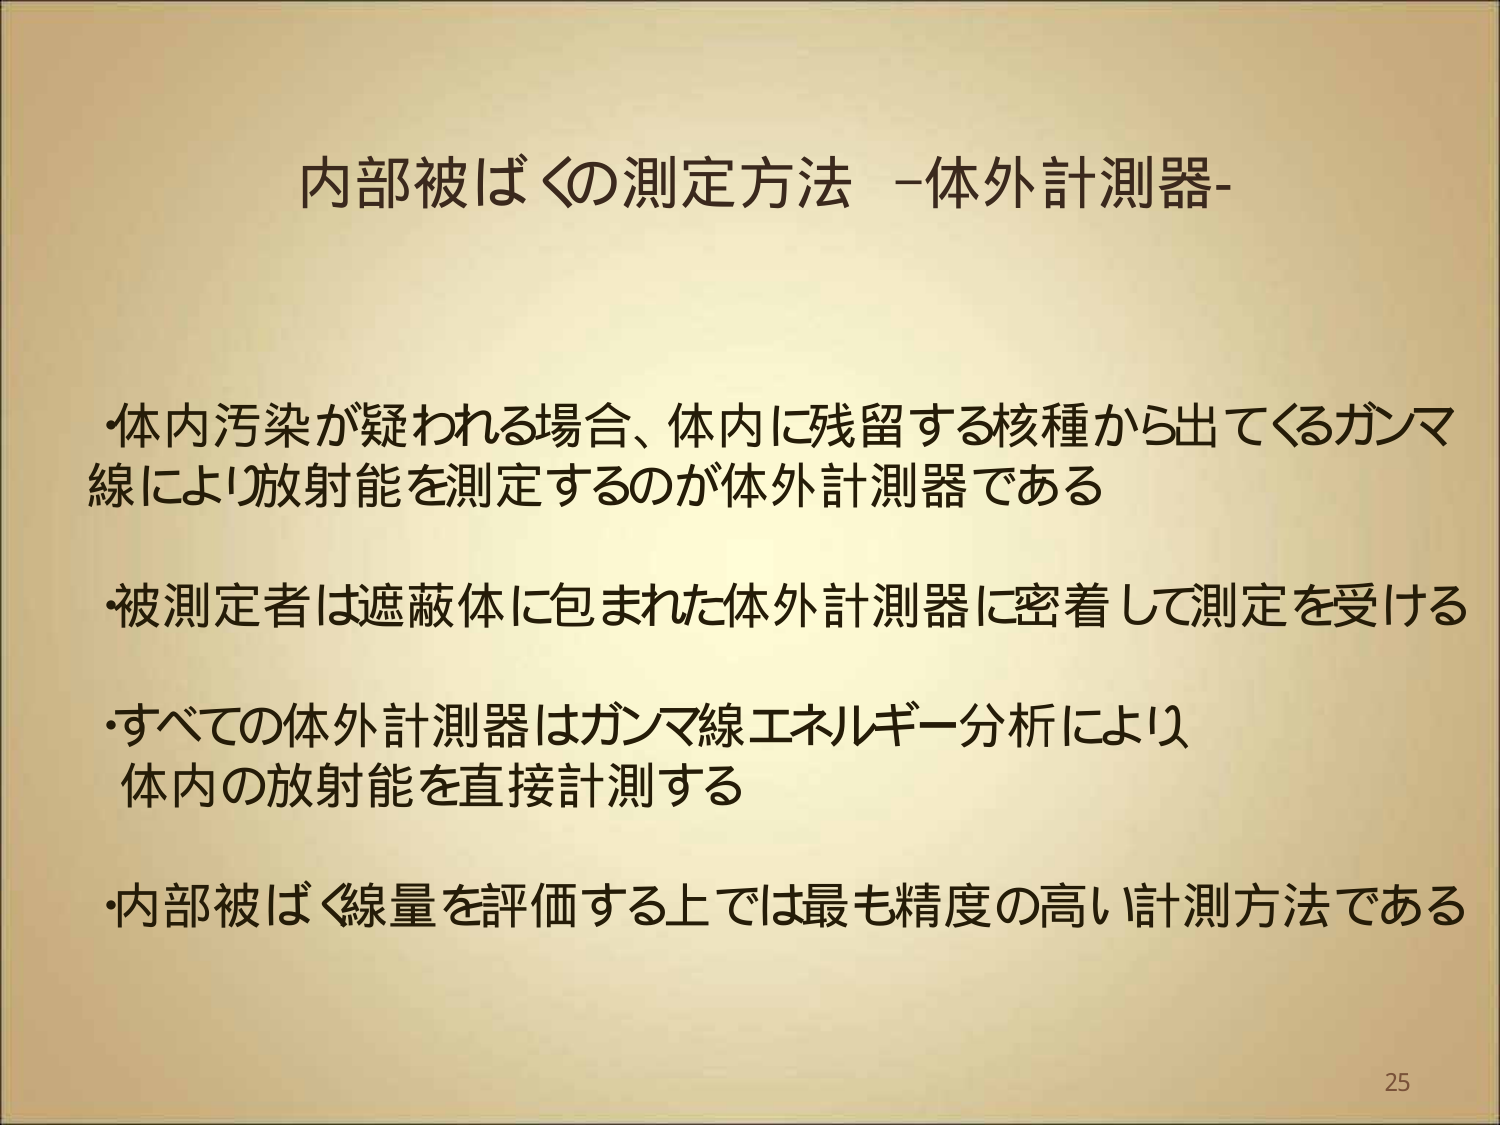
内部被ばくの測定方法 -体外計測器-

・体内汚染が疑われる場合、体内に残留する核種から出てくるガンマ線により放射能を測定するのが体外計測器である

・被測定者は遮蔽体に包まれた体外計測器に密着して測定を受ける

・すべての体外計測器はガンマ線エネルギー分析により体内の放射能を直接計測する

・内部被ばく線量を評価する上では最も精度の高い計測方法である

25